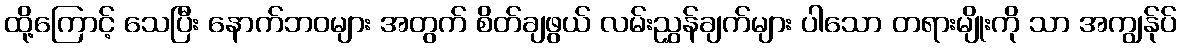
ထို့ကြောင့် သေပြီး နောက်ဘဝများ အတွက် စိတ်ချဖွယ် လမ်းညွှန်ချက်များ ပါသော တရားမျိုးကို သာ အကျွန်ုပ်